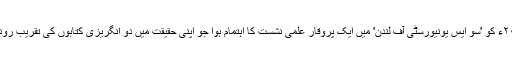
اپریل ۲۰۱۸ء کو 'سو ایس یونیورسٹی آف لندن' میں ایک پروقار علمی نشست کا اہتمام ہوا جو اپنی حقیقت میں دو انگریزی کتابوں کی تقریب رونمائی تھی۔